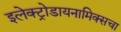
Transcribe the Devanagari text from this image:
इलेक्ट्रोडायनामिक्सचा